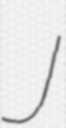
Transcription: J